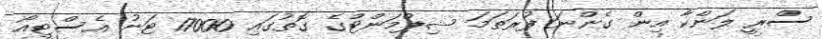
ސްރީ ލަންކާ އިން ގެންނަ ފުރަތަމަ ޝިޕްމަންޓްގެ ގޮތުގައި 17000 ޓަނު އެސްޓީއޯ